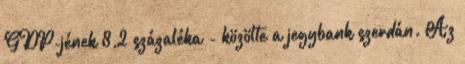
GDP-jének 8,2 százaléka - közölte a jegybank szerdán. Az